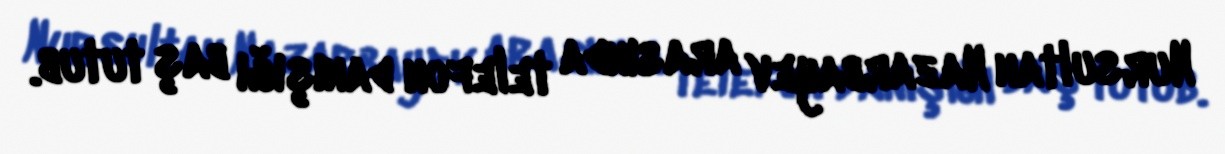
Nursultan Nazarbayev arasında telefon danışığı baş tutub.